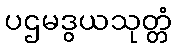
ပဌမဒွယသုတ္တံ